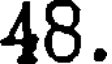
48.